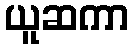
ယူဆကာ